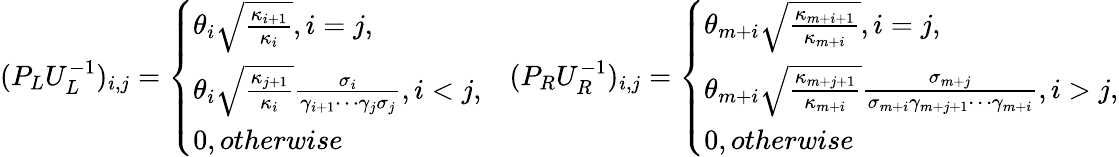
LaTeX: (P_{L}U_{L}^{-1})_{i,j}=\left\{ \begin{array}{ll}{\theta_{i}\sqrt{\frac{\kappa_{i+1}}{\kappa_{i}}},i=j,}\\ {\theta_{i}\sqrt{\frac{\kappa_{j+1}}{\kappa_{i}}}\frac{\sigma_{i}}{\gamma_{i+1}\cdots\gamma_{j}\sigma_{j}},i<j,}\\ {0,\textit{otherwise}}\end{array}\right.\quad(P_{R}U_{R}^{-1})_{i,j}=\left\{ \begin{array}{ll}{\theta_{m+i}\sqrt{\frac{\kappa_{m+i+1}}{\kappa_{m+i}}},i=j,}\\ {\theta_{m+i}\sqrt{\frac{\kappa_{m+j+1}}{\kappa_{m+i}}}\frac{\sigma_{m+j}}{\sigma_{m+i}\gamma_{m+j+1}\cdots\gamma_{m+i}},i>j,}\\ {0,\textit{otherwise}}\end{array}\right.